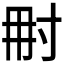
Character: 𡬥